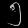
Digit: ၅